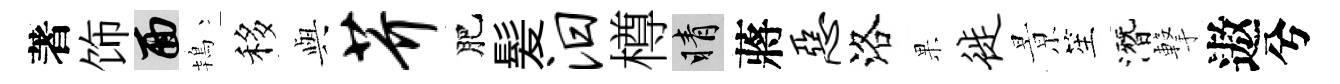
著饰面鴇移𫤰芥肥髪汨樽睛蔣恶洛果徙㬌笙潛撃遨兮